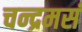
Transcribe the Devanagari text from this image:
चन्द्रमसं